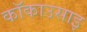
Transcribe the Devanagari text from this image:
कॉकाउसाइ